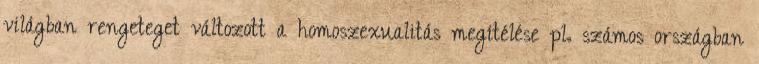
világban rengeteget változott a homoszexualitás megítélése pl. számos országban